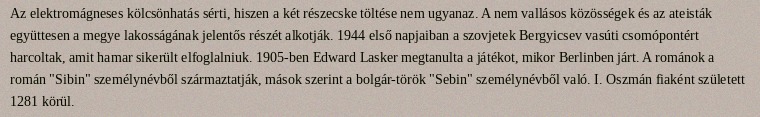
Az elektromágneses kölcsönhatás sérti, hiszen a két részecske töltése nem ugyanaz. A nem vallásos közösségek és az ateisták együttesen a megye lakosságának jelentős részét alkotják. 1944 első napjaiban a szovjetek Bergyicsev vasúti csomópontért harcoltak, amit hamar sikerült elfoglalniuk. 1905-ben Edward Lasker megtanulta a játékot, mikor Berlinben járt. A románok a román "Sibin" személynévből származtatják, mások szerint a bolgár-török "Sebin" személynévből való. I. Oszmán fiaként született 1281 körül.